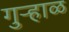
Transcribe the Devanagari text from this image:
गुऱ्हाळ